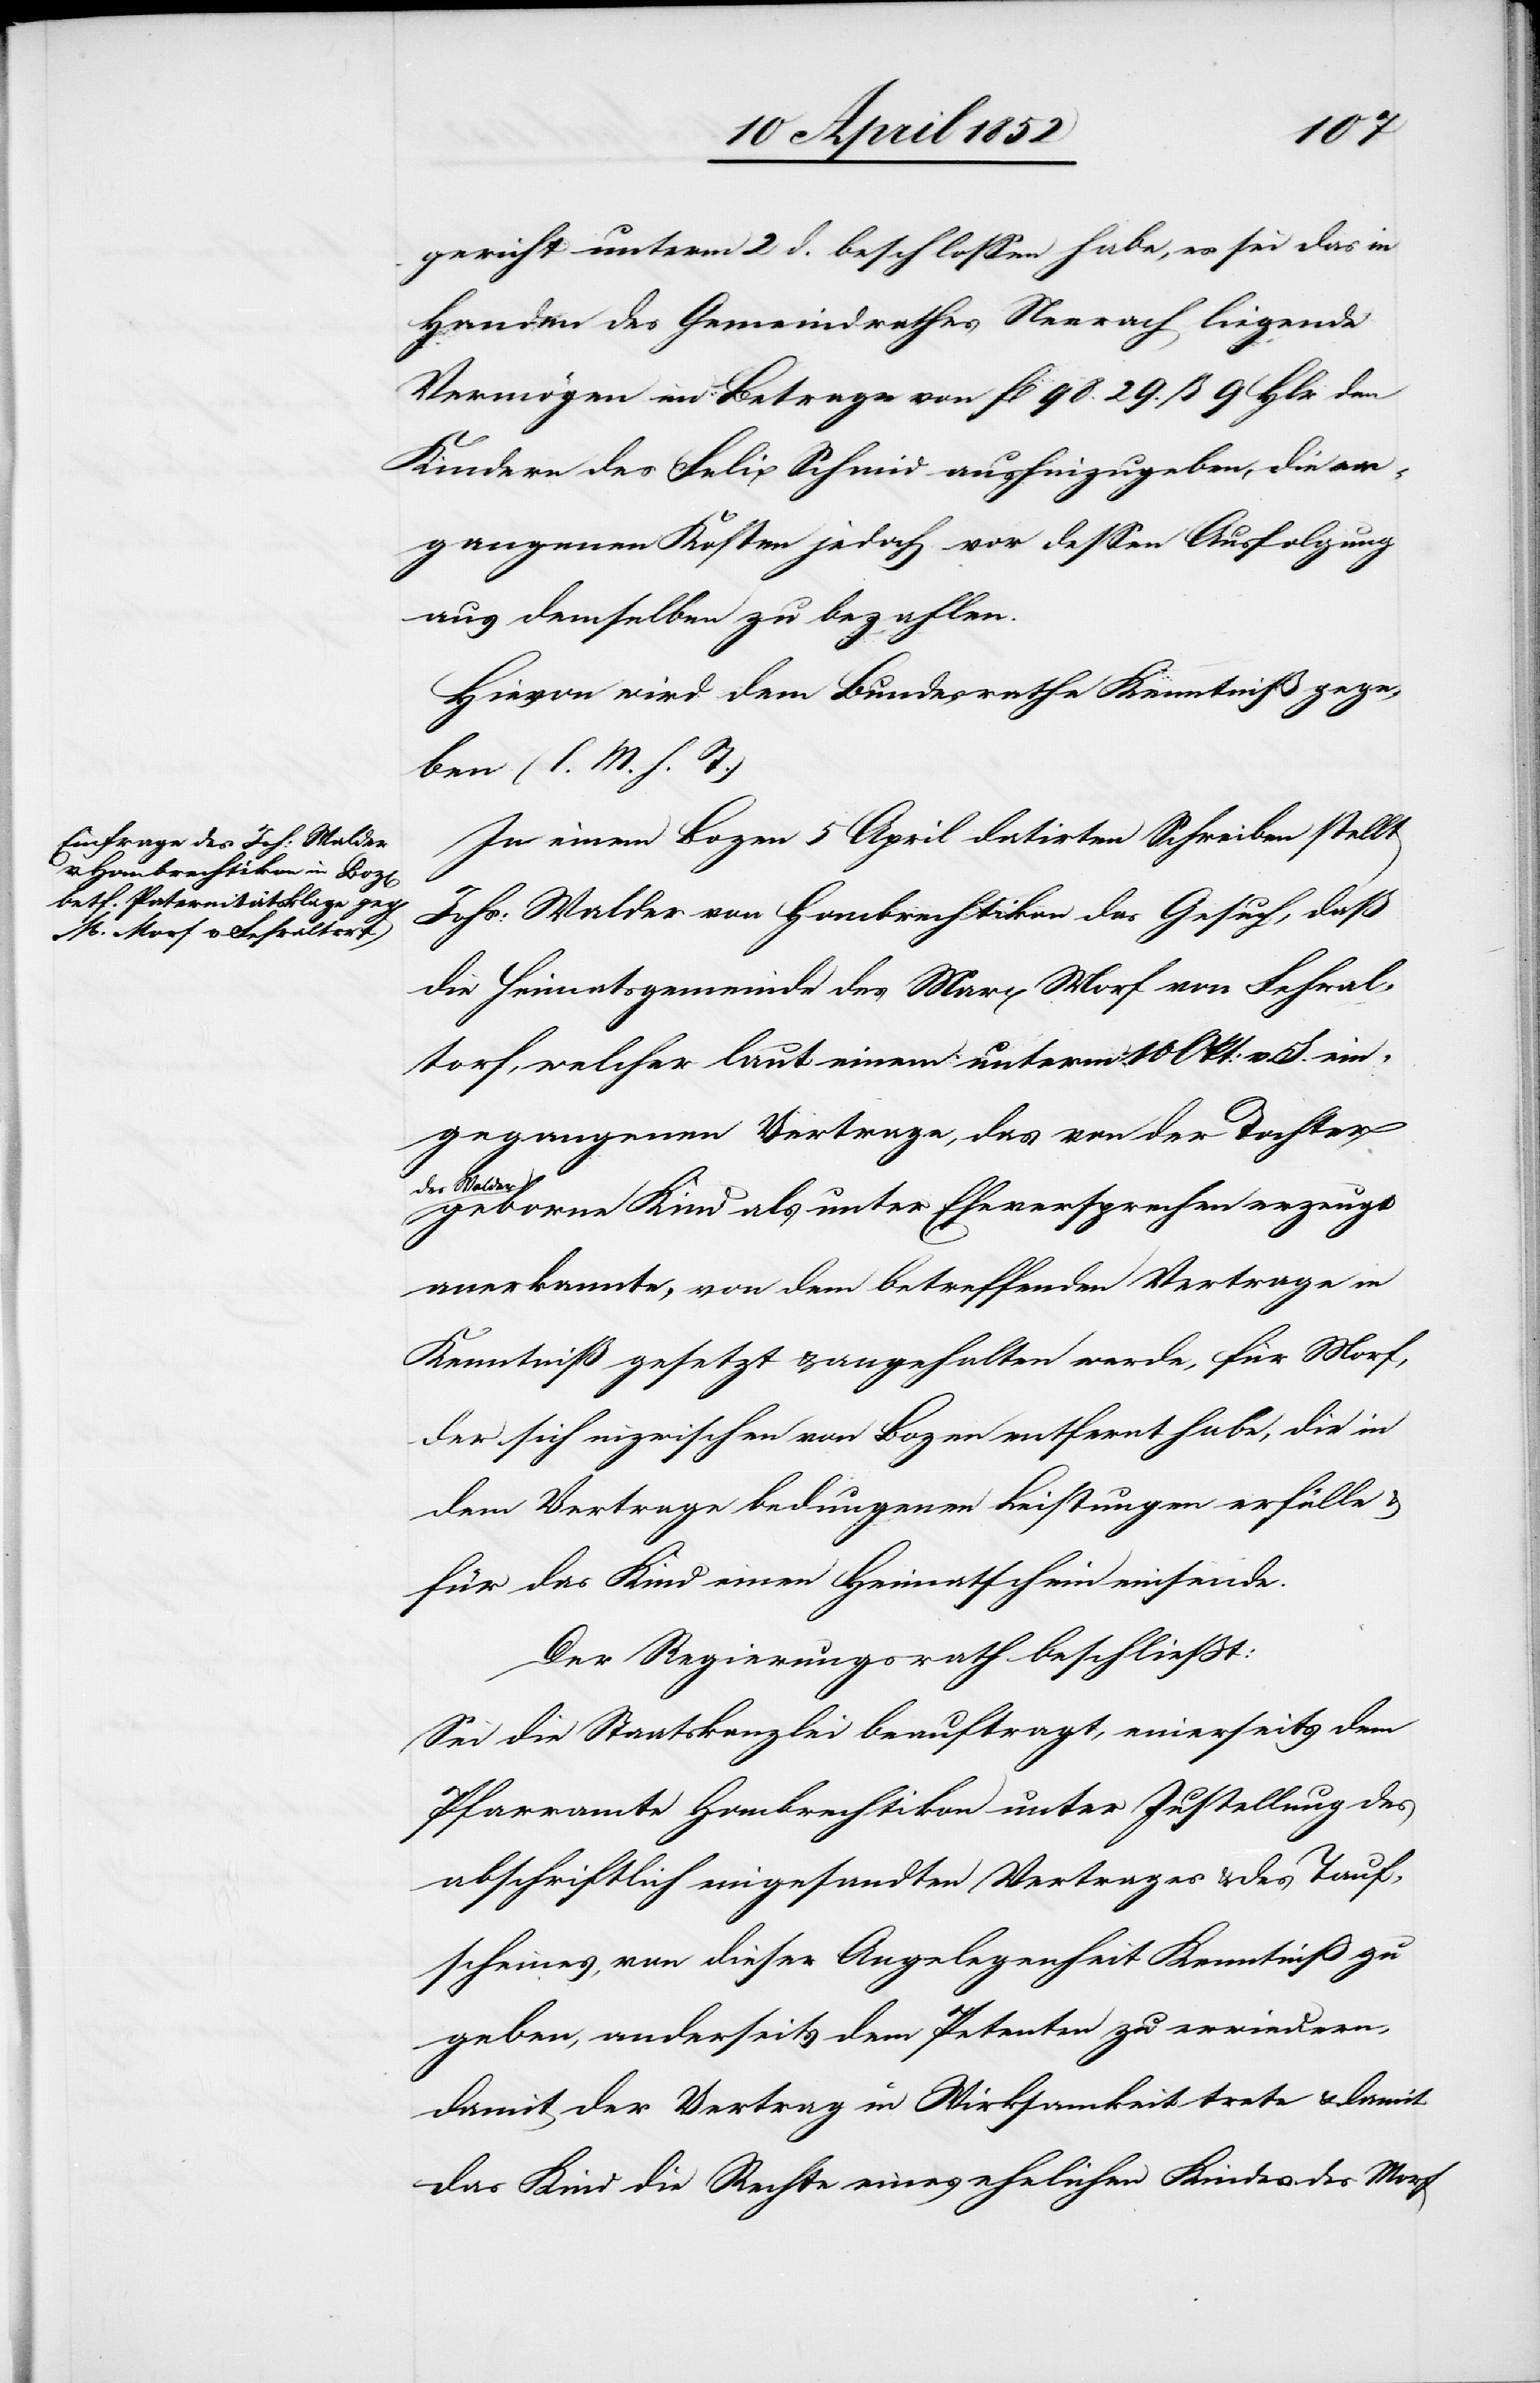
gericht unterm 2 d. beschlossen habe, es sei das in
Handen des Gemeindrathes Neerach liegende
Vermögen im Betrage von fl 98. 29. ß 9 Hlr den
Kindern des Felix Schmid aushinzugeben, die er¬
gangenen Kosten jedoch vor dessen Ausfolgung
aus demselben zu bezahlen.
Hievon wird dem Bundesrathe Kenntniß gege¬
ben (l. M. h. T.)
In einem Bozen 5 April datirten Schreiben stellt
Johs: Walder von Hombrechtikon das Gesuch, daß
die Heimatsgemeinde des Marx Morf von Fehral¬
torf, welcher laut einem unterm 10 Oct: v. J. ein¬
gegangenen Vertrage, das von der Tochter
des Walder
geborne Kind als unter Eheversprechen erzeugt
anerkannte, von dem betreffenden Vertrage in
Kenntniß gesetzt & angehalten werde, für Morf,
der sich inzwischen von Bozen entfernt habe, die in
dem Vertrage bedungenen Leistungen erfülle &
für das Kind einen Heimatschein einsende.
Der Regierungsrath beschliesst:
Sei die Staatskanzlei beauftragt, einerseits dem
Pfarramte Hombrechtikon unter Zustellung des
abschriftlich eingesandten Vertrages & des Tauf¬
scheines, von dieser Angelegenheit Kenntniß zu
geben, anderseits dem Petenten zu erwiedern,
damit der Vertrag in Wirksamkeit trete & damit
das Kind die Rechte eines ehelichen Kindes des Morf